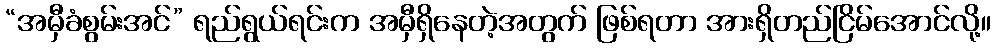
“အမှီခံစွမ်းအင်” ရည်ရွယ်ရင်းက အမှီရှိနေတဲ့အတွက် ဖြစ်ရတာ အားရှိတည်ငြိမ်အောင်လို့။